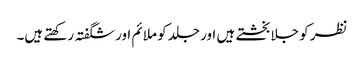
نظر کو جلا بخشتے ہیں اور جلد کو ملائم اور شگفتہ رکھتے ہیں۔